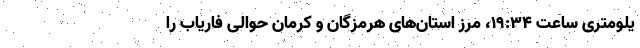
یلومتری ساعت ۱۹:۳۴، مرز استان‌های هرمزگان و کرمان حوالی فاریاب را